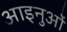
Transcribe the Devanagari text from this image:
आइनुओं